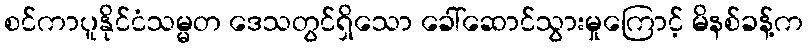
စင်ကာပူနိုင်ငံသမ္မတ ဒေသတွင်ရှိသော ခေါ်ဆောင်သွားမှုကြောင့် မိနစ်ခန့်က